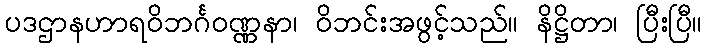
ပဒဌာနဟာရဝိဘင်္ဂဝဏ္ဏနာ၊ ဝိဘင်းအဖွင့်သည်။ နိဋ္ဌိတာ၊ ပြီးပြီ။